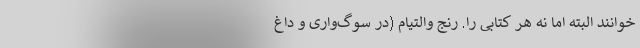
‌خوانند البته اما نه هر کتابی را. رنج والتیام (در سوگ‌واری و داغ‌